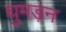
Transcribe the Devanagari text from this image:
घुमड़न